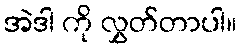
အဲဒါ ကို လွှတ်တာပါ။